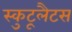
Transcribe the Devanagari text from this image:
स्कुटूलैटस